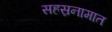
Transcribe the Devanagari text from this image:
सहस्रनामात